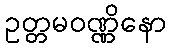
ဥတ္တမဝဏ္ဏိနော